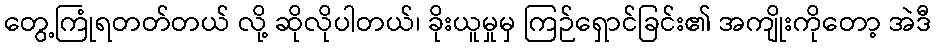
တွေ့ကြုံရတတ်တယ် လို့ ဆိုလိုပါတယ်၊ ခိုးယူမှုမှ ကြဉ်ရှောင်ခြင်း၏ အကျိုးကိုတော့ အဲဒီ